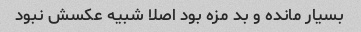
بسیار مانده و بد مزه بود اصلا شبیه عکسش نبود